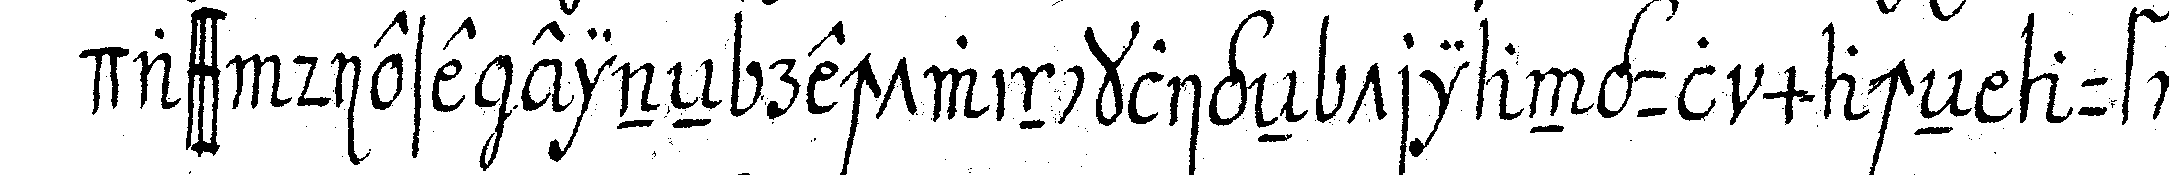
dass diese eineN rechtwinckligeN triangul macheN auf